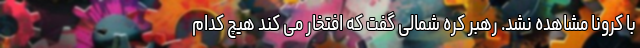
با کرونا مشاهده نشد. رهبر کره شمالی گفت که افتخار می کند هیچ کدام